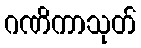
ဂဏိကာသုတ်